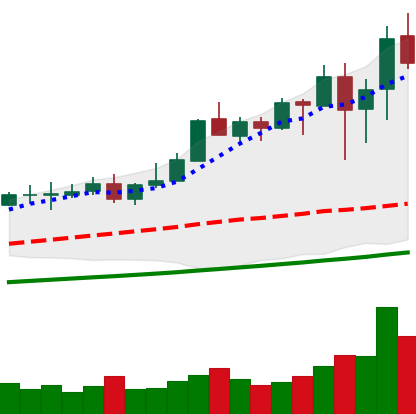
Ticker: XMR-USD
Chart end date: 2021-04-21
Forward return: 5.958%
Label: up_5_7